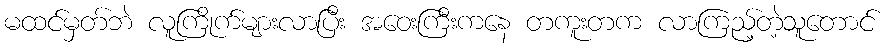
မထင်မှတ်ဘဲ လူကြိုက်များလာပြီး အဝေးကြီးကနေ တကူးတက လာကြည့်တဲ့သူတောင်